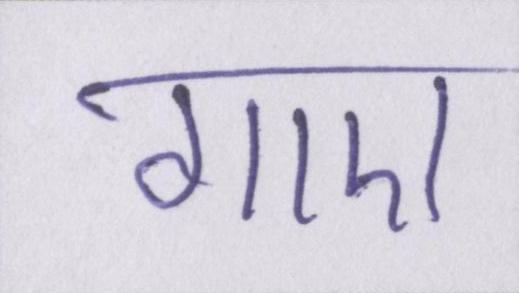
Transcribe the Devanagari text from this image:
गाए